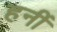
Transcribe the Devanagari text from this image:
हनीं